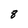
Character: 8